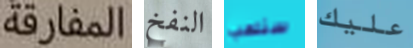
المفارقة النفخ سنلعب عليك